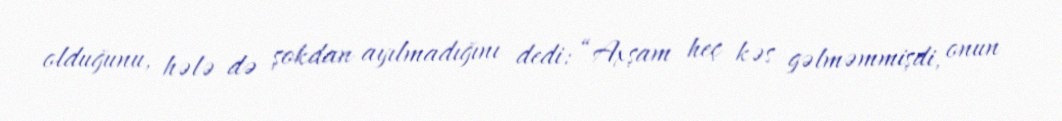
olduğunu, hələ də şokdan ayılmadığını dedi: “Axşam heç kəs gəlməmmişdi, onun